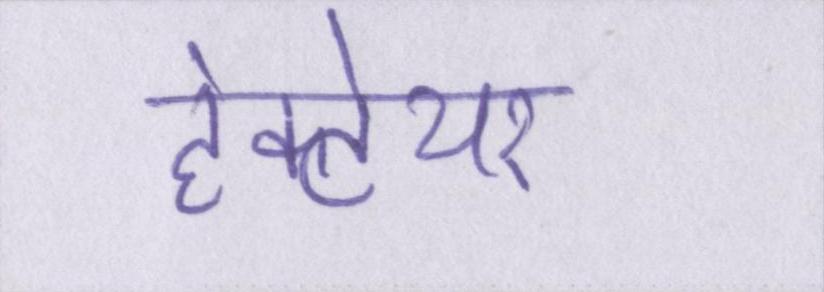
हेक्टेयर